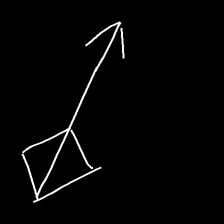
Glyph: focus